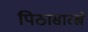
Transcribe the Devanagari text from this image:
पिठासारखे